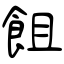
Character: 飷